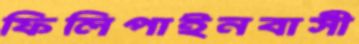
ফিলিপাইনবাসী